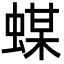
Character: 䗋